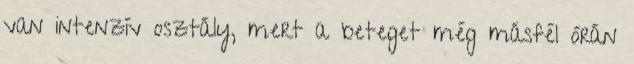
van intenzív osztály, mert a beteget még másfél órán